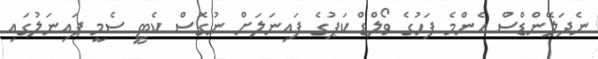
ނެދަލޭންޑްސް އެންމެ ފަހުގެ ވޯލްޑް ކަޕުގެ ފައިނަލަށް ނުގޮސް ކެޓީ ސެމީ ފައިނަލުގައި